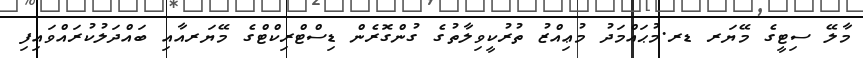
މާލޭ ސިޓީގެ މޭޔަރ ޑރ.މުޙައްމަދު މުޢިއްޒު ތުރުކީވިލާތުގެ ގުންގޮރެން ޑިސްޓްރިކްޓްގެ މޭޔަރއާއި ބައްދަލުކުރައްވައިފި